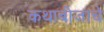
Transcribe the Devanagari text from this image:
कथाबीजाचे